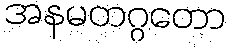
အနမတဂ္ဂတော